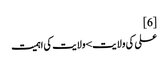
[6]
علی کی ولایت>ولایت کی اہمیت